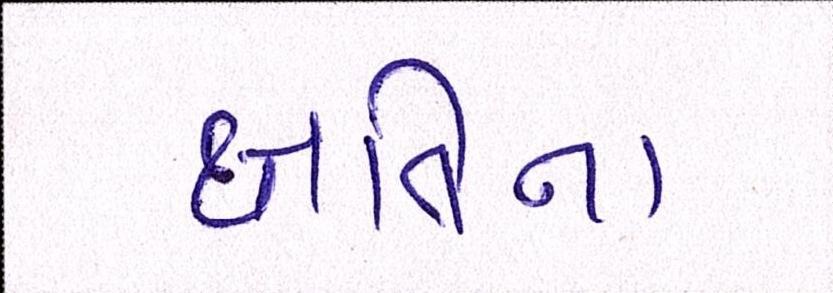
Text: ક્ષતિના